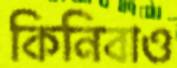
কিনিবাও